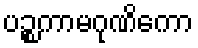
ပဉ္စကာမဂုဏိကော